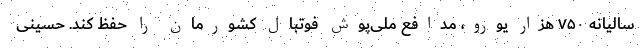
سالیانه ۷۵۰ هزار یورو، مدافع ملی‌پوش فوتبال کشورمان را حفظ کند. حسینی